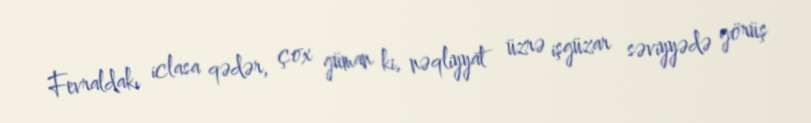
Fevraldakı iclasa qədər, çox güman ki, nəqliyyat üzrə işgüzar səviyyədə görüş